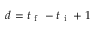
d = t _ { \mathrm { ~ f ~ } } - t _ { \mathrm { ~ i ~ } } + 1